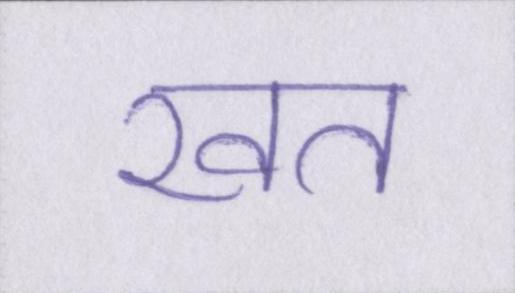
खत